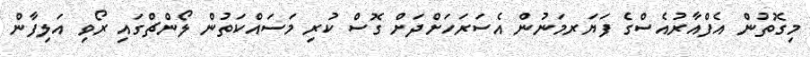
މިގޮތުން އެފްއާރުއެސްގެ ފަޔަރމަނުން އެސަރަހަށްދަށް ގޮސް ކުރި މަސައްކަތުން ލޯންޗްގައި ރޯވި އަލިފާން